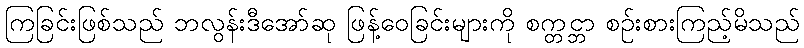
ကြခြင်းဖြစ်သည် ဘလွန်းဒီအော်ဆု ဖြန့်ဝေခြင်းများကို စက္တင္ဘာ စဉ်းစားကြည့်မိသည်